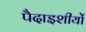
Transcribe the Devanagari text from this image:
पैदाइशीयों